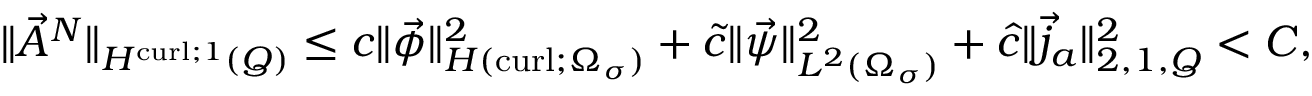
\begin{array} { r } { \| \vec { A } ^ { N } \| _ { H ^ { \operatorname { c u r l } ; 1 } ( Q ) } \leq c \| \vec { \phi } \| _ { H ( \operatorname { c u r l } ; \Omega _ { \sigma } ) } ^ { 2 } + \tilde { c } \| \vec { \psi } \| _ { L ^ { 2 } ( \Omega _ { \sigma } ) } ^ { 2 } + \hat { c } \| \vec { j } _ { a } \| _ { 2 , 1 , Q } ^ { 2 } < C , } \end{array}